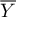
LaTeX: \overline { { Y } }